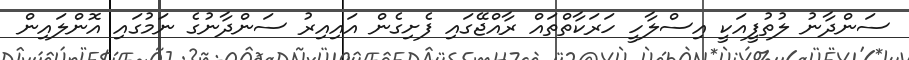
ސަންދާނު ލުތުފީއަކީ އިސްލާހީ ހަރަކާތްތައް ރާއްޖޭގައި ފެށިގެން އައިއިރު ސަންދާނުގެ ނަމުގައި އޮންލައިން